Indian journal of veterinary science and animal husbandry - Volume 4,
Year: 1934
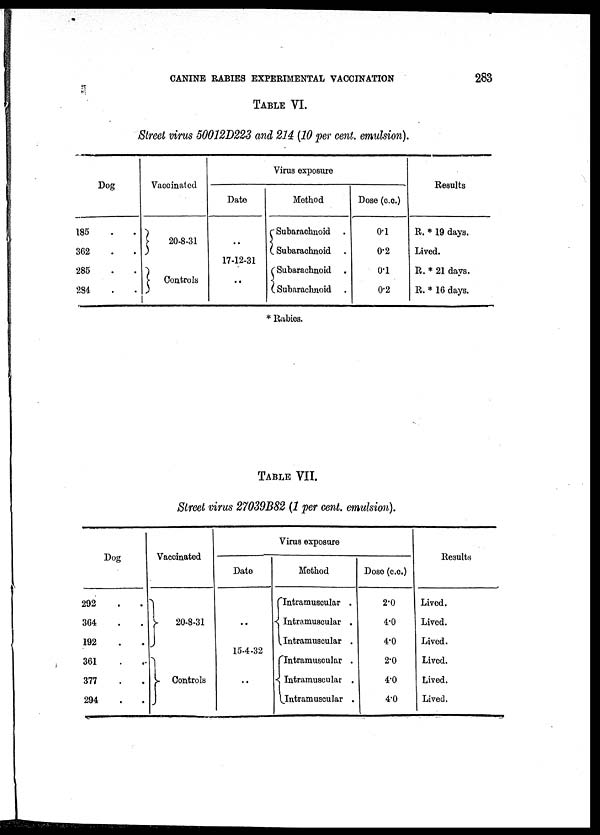
CANINE RABIES EXPERIMENTAL VACCINATION
283
TABLE VI.
Street virus 50012D223 and 214 (10 per cent. emulsion).
Dog
185 . .
362 . .
285 . .
284 . .
Vaccinated
}
20-8-31
} Controls
Virus exposure
Date
..
17-12-31
..
Method
{ Subarachnoid .
Subarachnoid .
{ Subarachnoid .
Subarachnoid .
Dose (c.c.)
0.1
0.2
0.1
0.2
Results
R. * 19 days.
Lived.
R. * 21 days
R. * 16 days.
* Rabies.
TABLE VII.
Street virus 27039B82 (1 per cent. emulsion).
Dog
292 . .
364 . .
192 . .
361 . .
377 . .
294 . .
Vaccinated
} 20-8-31
} Controls
Virus exposure
Date
..
15-4-32
..
Method
Intramuscular
.
{ Intramuscular .
Intramuscular .
Intramuscular .
{ Intramuscular .
Intramuscular .
Dose (c.c.)
2.0
4.0
4.0
2.0
4.0
4.0
Results
Lived.
Lived.
Lived.
Lived.
Lived.
Lived.